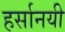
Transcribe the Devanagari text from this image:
हर्सानयी